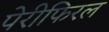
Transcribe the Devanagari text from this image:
पेरीफिरल